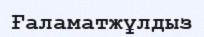
Ғаламатжұлдыз